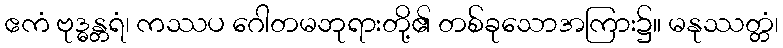
ဧကံ ဗုဒ္ဓန္တရံ၊ ကဿပ ဂေါတမဘုရားတို့၏ တစ်ခုသောအကြား၌။ မနုဿတ္တံ၊